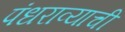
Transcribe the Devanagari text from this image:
पंधराव्याची